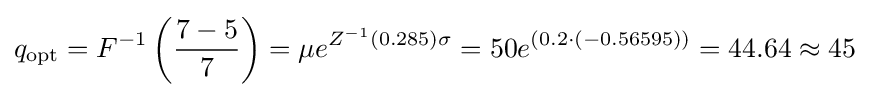
q_{\text{opt}}=F^{-1}\left({\frac {7-5}{7}}\right)=\mu e^{Z^{-1}\left(0.285\right)\sigma }=50e^{\left(0.2\cdot (-0.56595)\right)}=44.64\approx 45